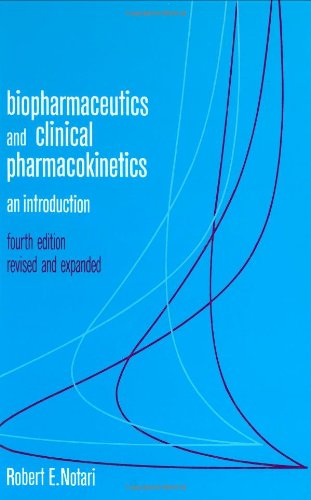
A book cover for Biopharmaceutics and Clinical Pharmacokinetics: An Introduction, Fourth Edition,; Notari; Medical Books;